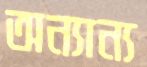
অন্যান্য